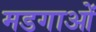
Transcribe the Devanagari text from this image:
मडगाओं